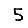
Digit: 5